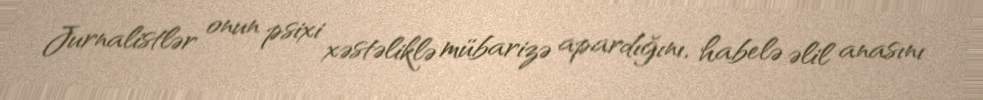
Jurnalistlər onun psixi xəstəliklə mübarizə apardığını, habelə əlil anasını